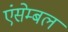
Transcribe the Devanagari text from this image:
एंसेम्बल